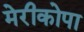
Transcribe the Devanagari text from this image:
मेरीकोपा